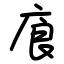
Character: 㢃